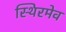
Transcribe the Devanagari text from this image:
स्थिरमेव